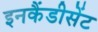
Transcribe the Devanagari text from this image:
इनकैंडीसेंट